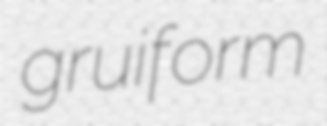
gruiform